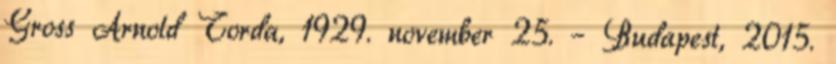
Gross Arnold Torda, 1929. november 25. – Budapest, 2015.